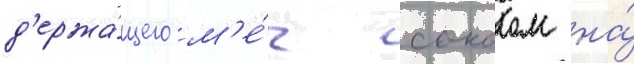
д'ержа́щего м'е́ч соколом на́